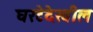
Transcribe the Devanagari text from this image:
घरटेदेखील